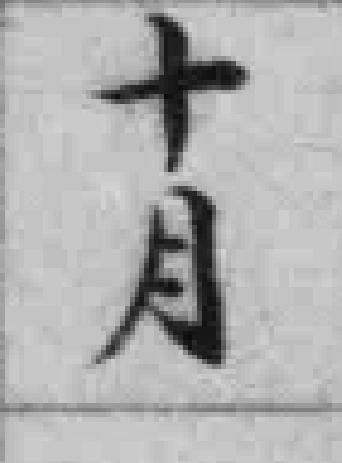
十月